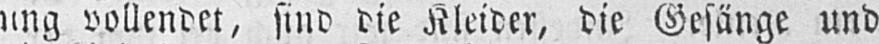
ung vollendet, sind die Kleider, die Gesänge und